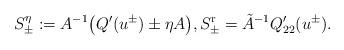
LaTeX: \begin{align*}S^\eta_\pm:=A^{-1}\big(Q'(u^\pm)\pm\eta A\big), S^{\mathrm{r}}_\pm=\tilde{A}^{-1}Q_{22}'(u^\pm).\end{align*}